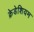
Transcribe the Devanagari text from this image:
क्रेडेशियम